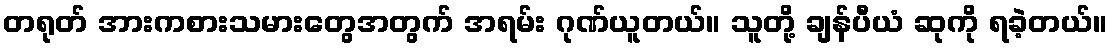
တရုတ် အားကစားသမားတွေအတွက် အရမ်း ဂုဏ်ယူတယ်။ သူတို့ ချန်ပီယံ ဆုကို ရခဲ့တယ်။